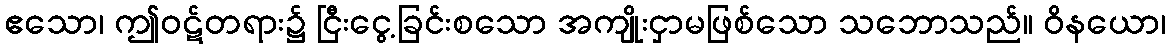
ဧသော၊ ဤဝဋ်တရား၌ ငြီးငွေ့ခြင်းစသော အကျိုးငှာမဖြစ်သော သဘောသည်။ ဝိနယော၊